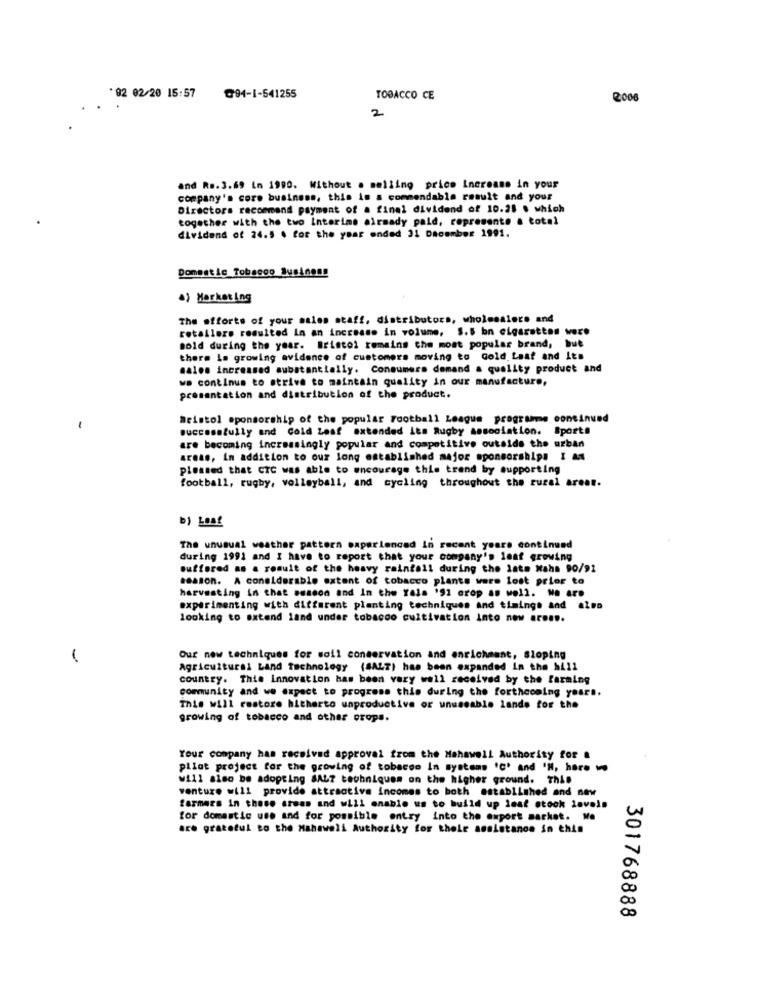
* 82 02/20 15:57
@94-1-541255
TOBACCO CE
2006
2
and Rs.3.69 in 1990. Without . selling price Increase in your
company's core business, this is a commendable result and your
Directors recommend payment of a final dividend of 10.25 . which
together with the two Interime already paid, represents a total
dividend of 24.5 . for the year ended 31 December 1991.
Domestic Tobacco Business
a) Marketing
The efforts of your sales staff, distributors, wholesalers and
retailers resulted In an increase in volume, 5.5 bn cigarettes were
Bold during the year. Bristol remains the most popular brand, but
there is growing avidence of customers moving to Gold Laat and Its
sales increased substantially. Consumers demand a quality product and
we continue to strive to maintain quality in our manufacture,
presentation and distribution of the product.
Bristol sponsorship of the popular Football League programe continued
-
successfully and Cold Leaf extended its Rugby association. Sports
are becoming increasingly popular and competitive outside the urban
areas, In addition to our long established major sponsorships I am
pleased that CTC was able to encourage this trend by supporting
football, rugby, volleyball, and cycling throughout the rural areat.
The unusual weather pattern experienced In recent years continued
during 1991 and I have to report that your company's leaf growing
Suffered as a result of the heavy raintall during the late Maha 90/91
season. A considerable extent of tobacco plants were lost prior to
harvesting in that season and In the Yala '91 crop as well. No aro
experimenting with different planting techniques and timings and also
looking to extend land under tobacco cultivation into new armen.
-
Our new techniques for soil conservation and enrichment, Sloping
Agricultural Land Technology (SALT) has been expanded In the hill
country. Thie Innovation has been very well received by the farming
community and we expect to progress this during the forthcoming years.
This will restore hitherto unproductive or unuseable lands for the
growing of tobacco and other crops.
Your company has received approval from the Mahawell Authority for &
pilot project for the growing of tobacco In systems Ic' and 'N, hare 1
will also be adopting SAL? techniques on the higher ground. This
venture will provide attractive incomes to both established and new
farmers in these areas and will enable us to build up inat stock loveis
for domestic use and for possible entry into the export market. We
are grateful to the Mahawell Authority for their assistance in this
301768888